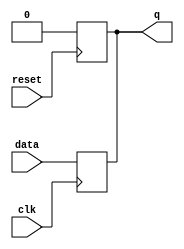
module flip_flop(
    input wire clk,
    input wire reset,
    input wire data,
    output reg q
);

// Reset the flip flop
always @(posedge reset) begin
    q <= 1'b0;
end

// Clock the flip flop
always @(posedge clk) begin
    q <= data;
end

endmodule